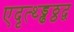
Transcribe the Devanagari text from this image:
एदृत्थ्ड्ढठ्ठद्व